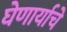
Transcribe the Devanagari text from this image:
घेणार्याचे